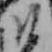
ひ